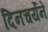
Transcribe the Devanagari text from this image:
दिनचर्येने